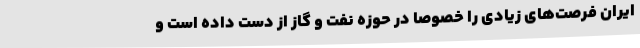
ایران فرصت‌های زیادی را خصوصا در حوزه نفت و گاز از دست داده است و